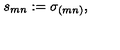
s _ { m n } : = \sigma _ { ( m n ) } ,